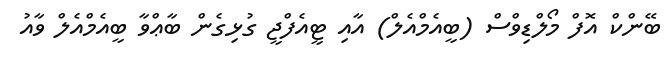
ބޭންކް އޮފް މޯލްޑިވްސް (ބީއެމްއެލް) އާއި ޓީއެފްޖީ ގުޅިގެން ބާޢްވާ ބީއެމްއެލް ވާއު